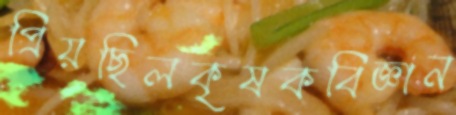
প্রিয়ছিলকৃষকবিজ্ঞান